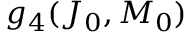
g _ { 4 } ( J _ { 0 } , M _ { 0 } )